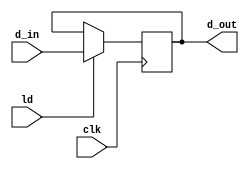
module PIPO1(d_out,d_in,ld,clk);
	input  ld, clk;
	input [15:0] d_in;
	output reg [15:0] d_out;
	
	always @(posedge clk)
		begin
			if(ld)
				begin
					d_out <= d_in ;
				end
		end
endmodule